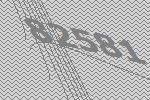
82581